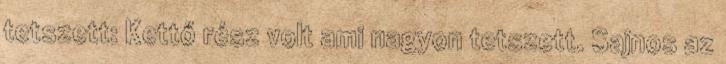
tetszett: Kettő rész volt ami nagyon tetszett. Sajnos az